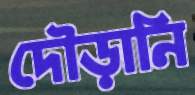
দৌড়ানি